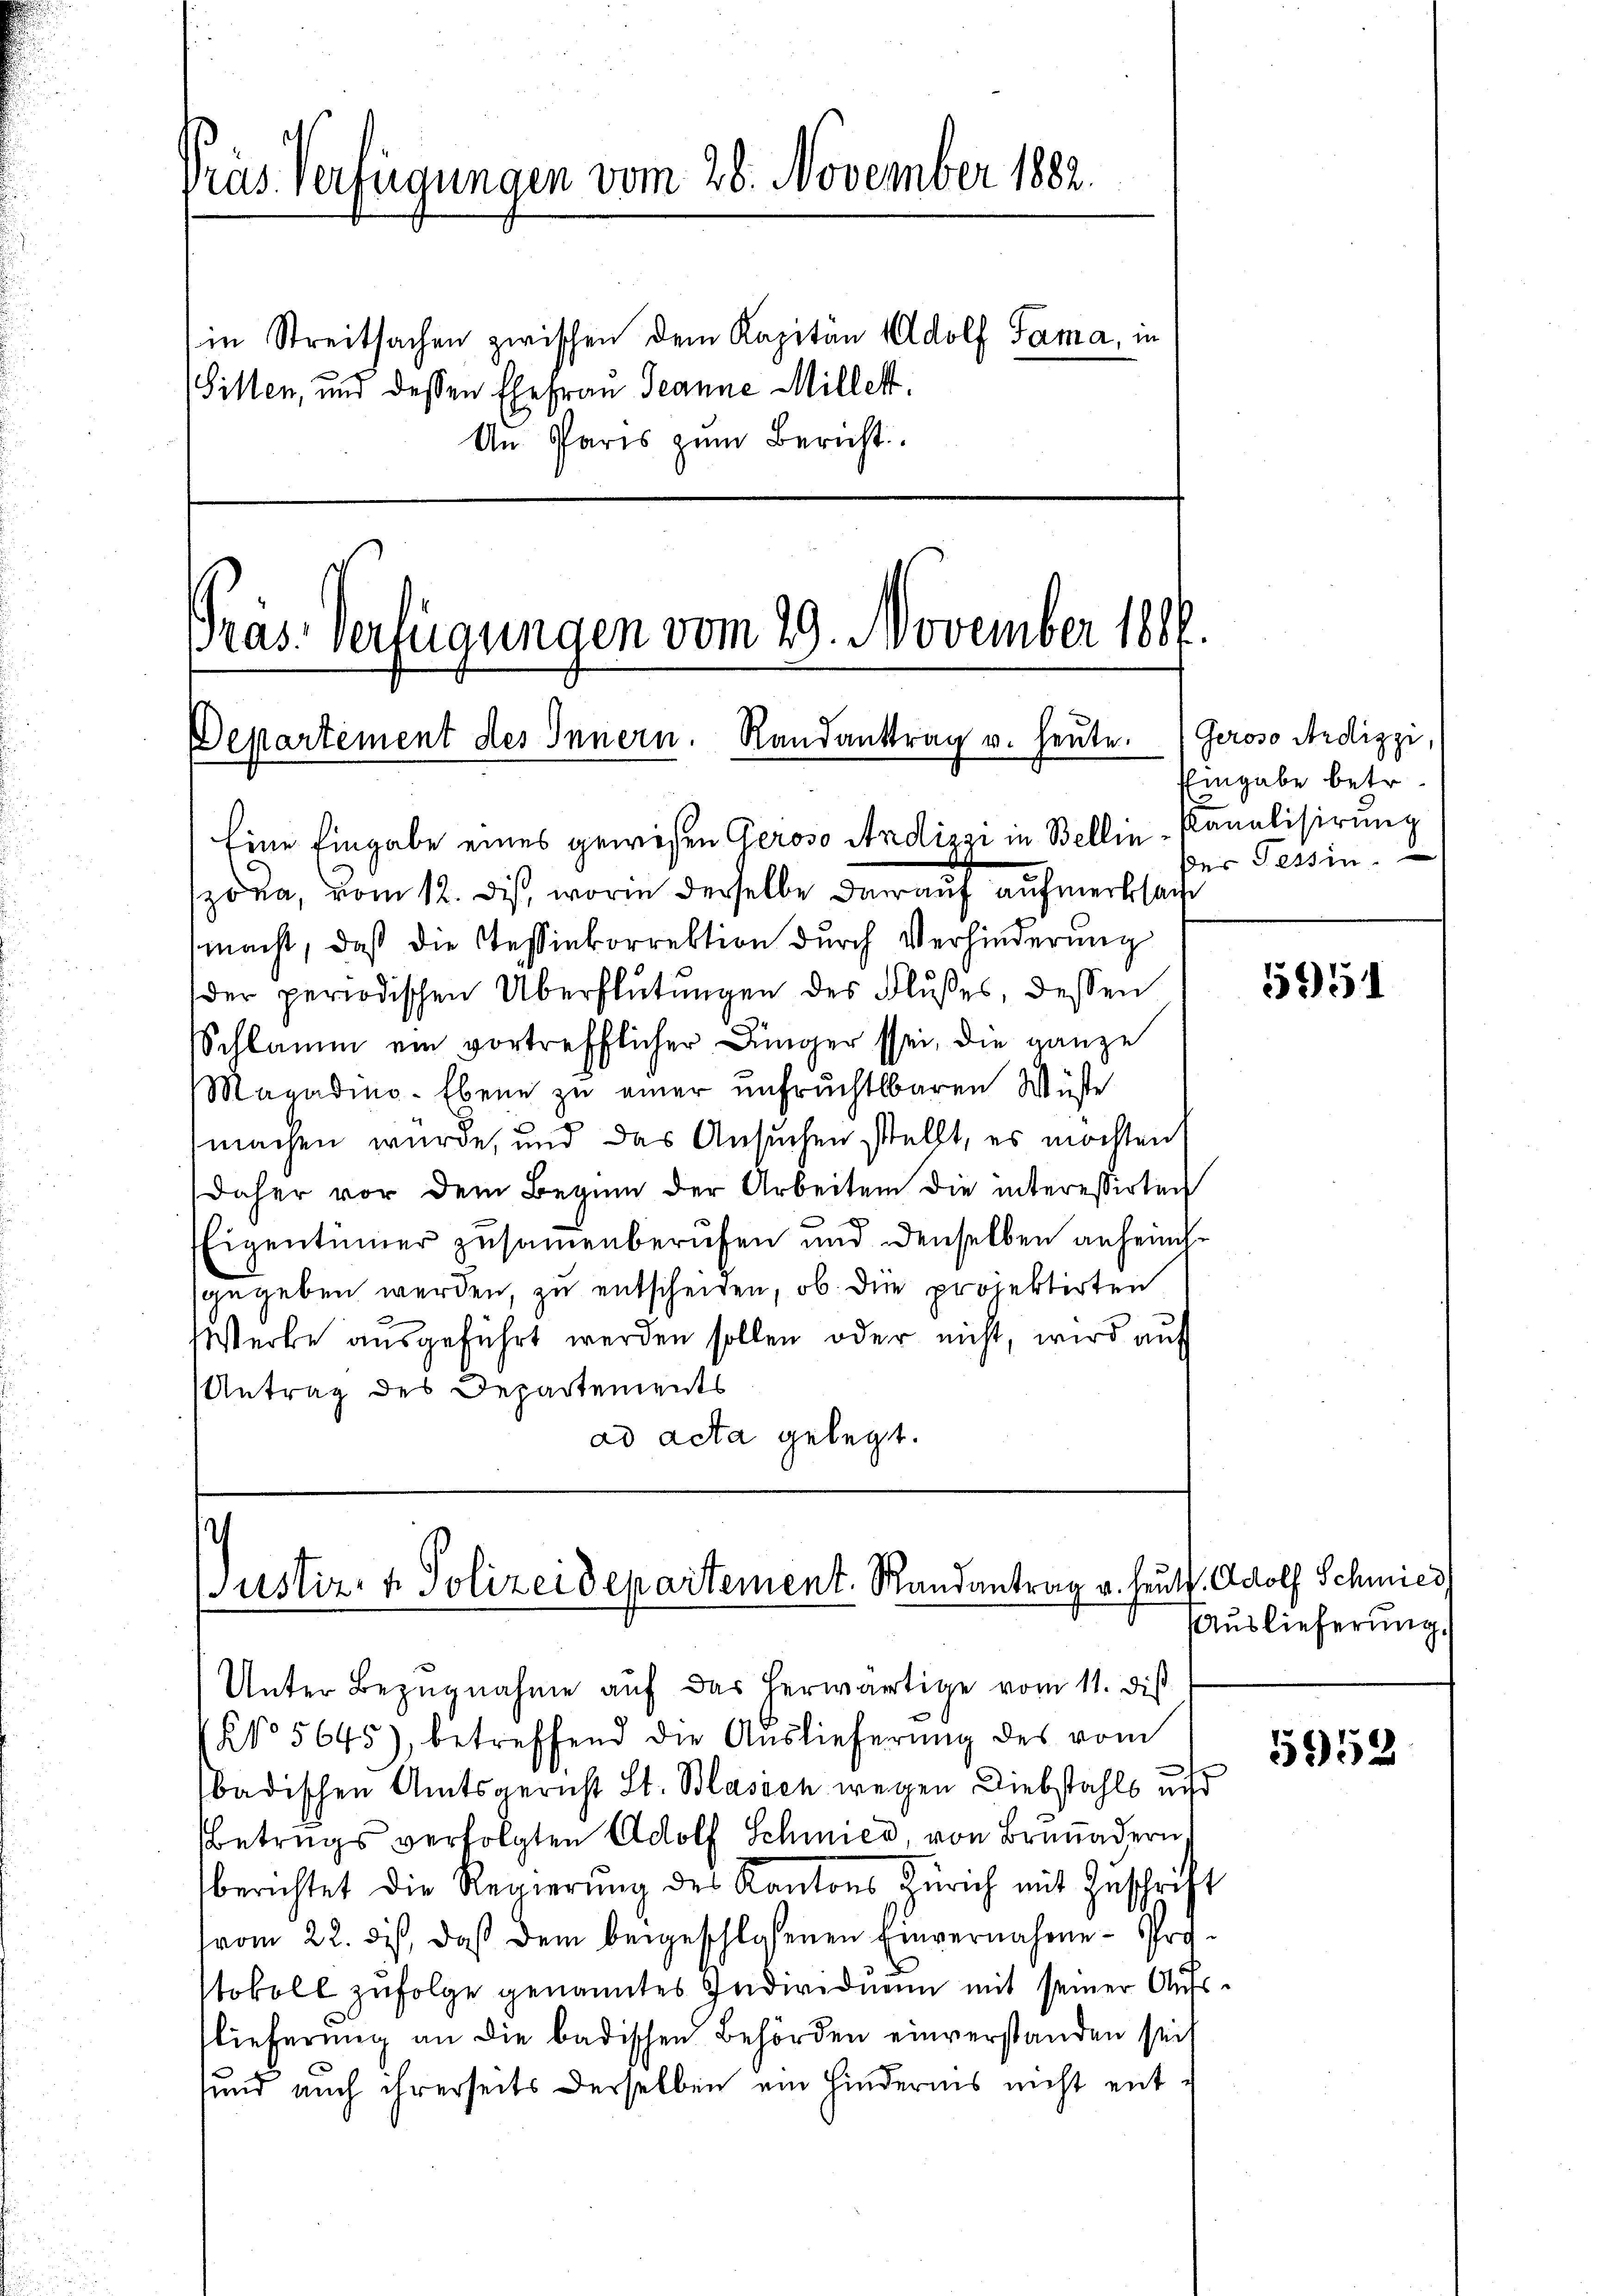
ras. Verfügungen vom 28. November 1882.
in Streitsachen zwischen dem Kapitän Adolf Tama, in
Sillen, und dessen Ehefrau Jeanne Millett.
An Paris zŭm Bericht

Pras. Verfügungen vom 29. November 1816.
Departement des Innern. Randantrag v. heute.
Eine Eingabe eines gewesen Geroso Andizzi in Bellin-Kanalisirung

zona, vom 12. Des, worin derselbe darauf aufmerksamt
macht, daß die Tessinkorrektion durch Verhinderung
der periodischen Überflutungen des Flußes, dessen
Schlamm ein vortrefflicher Jünger sei, die ganze
Magadino-Ebene zu einer unfruchtbaren Wüste
machen wurde, und das Ansuchen stellt, es möchten
daher vor dem Beginn der Arbeiten die interessirten
Eigentümer zusammenberufen und denselben anheint
sgegeben werden, zu entscheiden, ob die projektirten
Werke ausgeführt werden sollen oder nicht, wird auf
Antrag des Departements
ad acta gelegt.

Justiz- & Polizeidepartement. Randantrag u. heute. Adolf Schmied

Unter Bezugnahme auf das herwärtige vom 11. dis

Geroso Ardizzi,
Eingabe betr.
der Tessin.

No 5645), betreffend die Aŭslieferŭng des vom
badischen Amtsgericht St. Blasich wegen Diebstahls nicht
Betrugs verfolgten Adolf Schmied, von Brunadern
berichtet die Regierŭng des Kantons Zürich mit Zuschrift
vom 22. dis, daß dem beigeschlossenen Einvernahme- Protokoll zŭfolge genanntes Individuen mit seiner Aufslieferung an die badischen Behörden einverstanden seit
sund auch ihrerseits derselben ein Hindernis nicht ent¬

5951

Auslieferung.

5952